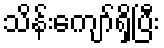
သိန်းကျော်ရှိပြီး